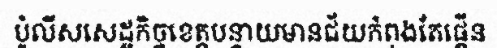
ប៉ូលីសសេដ្ឋកិច្ចខេត្តបន្ទាយមានជ័យកំពុងតែផ្គើន